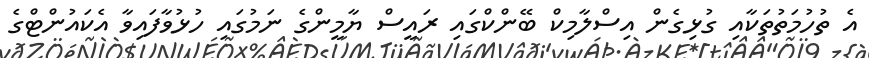
އެ ތުހުމަތުތަކާއި ގުޅިގެން އިސްލާމިކް ބޭންކްގައި ރައީސް ޔާމީންގެ ނަމުގައި ހުޅުވާފައިވާ އެކައުންޓްގެ